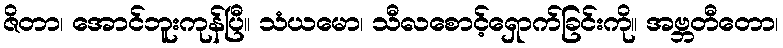
ဇိတာ၊ အောင်ဘူးကုန်ပြီ။ သံယမော၊ သီလစောင့်ရှောက်ခြင်းကို။ အဗ္ဘတီတော၊